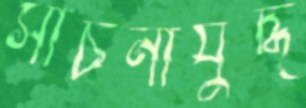
সাচনাযুদ্ধ